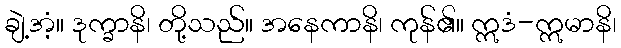
ချဲ့အံ့။ ဒုက္ခာနိ၊ တို့သည်။ အနေကာနိ၊ ကုန်၏။ ဣဒံ-ဣမာနိ၊